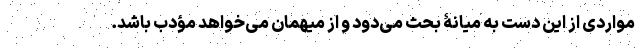
مواردی از این دست به میانۀ بحث می‌دود و از میهمان می‌خواهد مؤدب باشد.